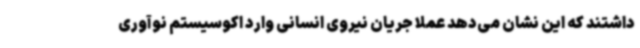
داشتند که این نشان می‌دهد عملا جریان نیروی انسانی وارد اکوسیستم نوآوری